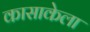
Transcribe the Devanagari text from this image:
कासाकेला